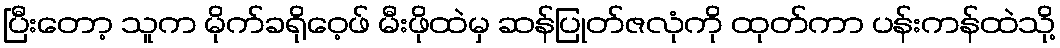
ပြီးတော့ သူက မိုက်ခရိုဝေ့ဖ် မီးဖိုထဲမှ ဆန်ပြုတ်ဇလုံကို ထုတ်ကာ ပန်းကန်ထဲသို့